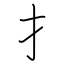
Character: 扌